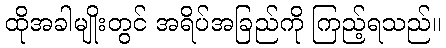
ထိုအခါမျိုးတွင် အရိပ်အခြည်ကို ကြည့်ရသည်။